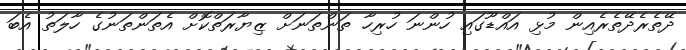
ދޭތެރެދޭތެރެއިން މުޅި އައްޑޫގައި ހުންނަ ހުރިހާ ތަންތަނަށް ޒިޔާރަތްކޮށް އެތަންތަނުގެ ހާލަތު އެބަ